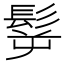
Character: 𩬸